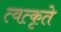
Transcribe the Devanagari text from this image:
त्वत्कृते